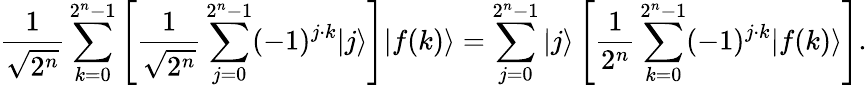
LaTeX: {\frac{1}{\sqrt{2^{n}}}}\sum_{k=0}^{2^{n}-1}\left[{\frac{1}{\sqrt{2^{n}}}}\sum_{j=0}^{2^{n}-1}(-1)^{j\cdot k}|j\rangle\right]|f(k)\rangle=\sum_{j=0}^{2^{n}-1}|j\rangle\left[{\frac{1}{2^{n}}}\sum_{k=0}^{2^{n}-1}(-1)^{j\cdot k}|f(k)\rangle\right].